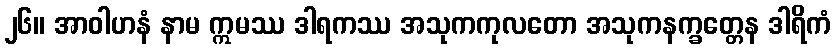
၂၆။ အာဝါဟနံ နာမ ဣမဿ ဒါရကဿ အသုကကုလတော အသုကနက္ခတ္တေန ဒါရိကံ